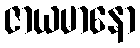
ဇာယမာနော